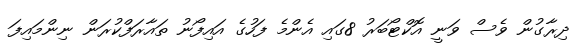
ދިރާގުން ވެސް ވަނީ އޮކްޓޯބަރު 8ގައި އެންމެ ފަހުގެ އައިފޯނު ތައާރަފްކުރަން ނިންމައިފަ